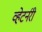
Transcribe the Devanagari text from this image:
व्हेटर्नरी